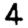
Digit: 4